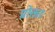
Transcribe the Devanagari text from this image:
प्रोक्ताः